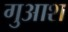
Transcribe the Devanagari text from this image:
गुआश